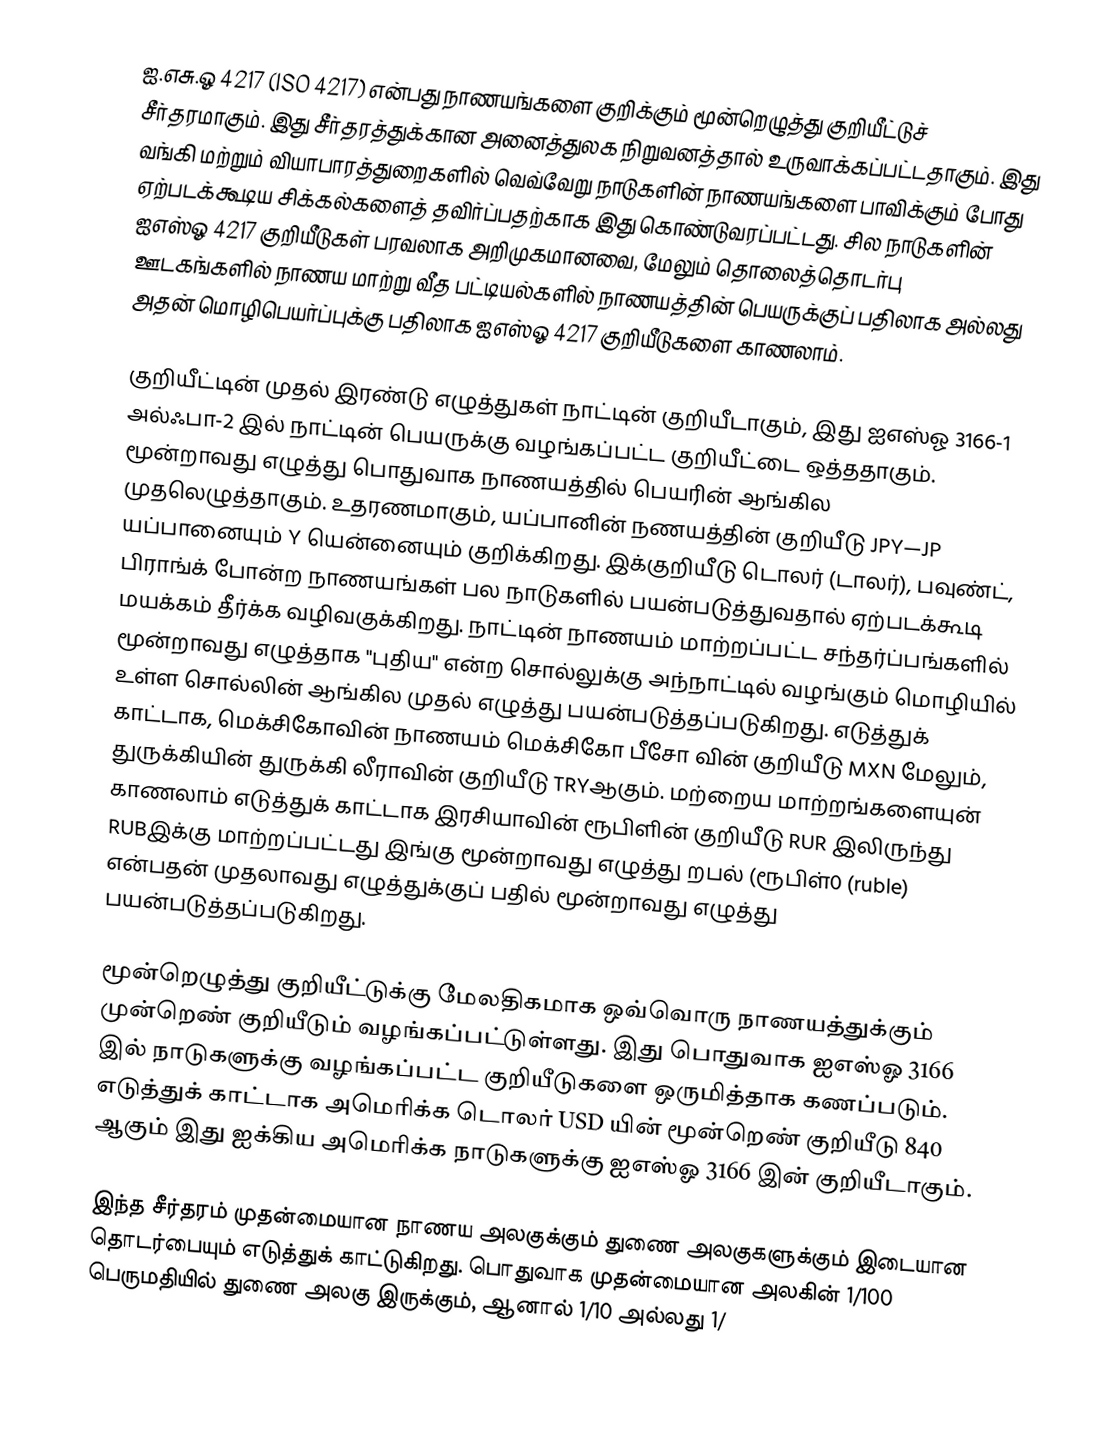
ஐ.எசு.ஓ 4217 (ISO 4217) என்பது நாணயங்களை குறிக்கும் மூன்றெழுத்து குறியீட்டுச் சீர்தரமாகும். இது சீர்தரத்துக்கான அனைத்துலக நிறுவனத்தால் உருவாக்கப்பட்டதாகும். இது வங்கி மற்றும் வியாபாரத்துறைகளில் வெவ்வேறு நாடுகளின் நாணயங்களை பாவிக்கும் போது ஏற்படக்கூடிய சிக்கல்களைத் தவிர்ப்பதற்காக இது கொண்டுவரப்பட்டது. சில நாடுகளின் ஐஎஸ்ஓ 4217 குறியீடுகள் பரவலாக அறிமுகமானவை, மேலும் தொலைத்தொடர்பு ஊடகங்களில் நாணய மாற்று வீத பட்டியல்களில் நாணயத்தின் பெயருக்குப் பதிலாக அல்லது அதன் மொழிபெயர்ப்புக்கு பதிலாக ஐஎஸ்ஓ 4217 குறியீடுகளை காணலாம்.

குறியீட்டின் முதல் இரண்டு எழுத்துகள் நாட்டின் குறியீடாகும், இது ஐஎஸ்ஓ 3166-1 அல்ஃபா-2 இல் நாட்டின் பெயருக்கு வழங்கப்பட்ட குறியீட்டை ஒத்ததாகும். மூன்றாவது எழுத்து பொதுவாக நாணயத்தில் பெயரின் ஆங்கில முதலெழுத்தாகும். உதரணமாகும், யப்பானின் நணயத்தின் குறியீடு JPY—JP யப்பானையும் Y யென்னையும் குறிக்கிறது. இக்குறியீடு டொலர் (டாலர்), பவுண்ட், பிராங்க் போன்ற நாணயங்கள் பல நாடுகளில் பயன்படுத்துவதால் ஏற்படக்கூடி மயக்கம் தீர்க்க வழிவகுக்கிறது. நாட்டின் நாணயம் மாற்றப்பட்ட சந்தர்ப்பங்களில் மூன்றாவது எழுத்தாக "புதிய" என்ற சொல்லுக்கு அந்நாட்டில் வழங்கும் மொழியில் உள்ள சொல்லின் ஆங்கில முதல் எழுத்து பயன்படுத்தப்படுகிறது. எடுத்துக் காட்டாக, மெக்சிகோவின் நாணயம் மெக்சிகோ பீசோ வின் குறியீடு MXN மேலும், துருக்கியின் துருக்கி லீராவின் குறியீடு TRYஆகும். மற்றைய மாற்றங்களையுன் காணலாம் எடுத்துக் காட்டாக இரசியாவின் ரூபிளின் குறியீடு RUR இலிருந்து RUBஇக்கு மாற்றப்பட்டது இங்கு மூன்றாவது எழுத்து றபல் (ரூபிள்0 (ruble) என்பதன் முதலாவது எழுத்துக்குப் பதில் மூன்றாவது எழுத்து பயன்படுத்தப்படுகிறது.

மூன்றெழுத்து குறியீட்டுக்கு மேலதிகமாக ஒவ்வொரு நாணயத்துக்கும் முன்றெண் குறியீடும் வழங்கப்பட்டுள்ளது. இது பொதுவாக ஐஎஸ்ஓ 3166 இல் நாடுகளுக்கு வழங்கப்பட்ட குறியீடுகளை ஒருமித்தாக கணப்படும். எடுத்துக் காட்டாக அமெரிக்க டொலர் USD யின் மூன்றெண் குறியீடு 840 ஆகும் இது ஐக்கிய அமெரிக்க நாடுகளுக்கு ஐஎஸ்ஓ 3166 இன் குறியீடாகும்.

இந்த சீர்தரம் முதன்மையான நாணய அலகுக்கும் துணை அலகுகளுக்கும் இடையான தொடர்பையும் எடுத்துக் காட்டுகிறது. பொதுவாக முதன்மையான அலகின் 1/100 பெருமதியில் துணை அலகு இருக்கும், ஆனால் 1/10 அல்லது 1/